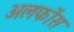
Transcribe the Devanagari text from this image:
अलफोंस